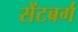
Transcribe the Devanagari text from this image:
सेंटबर्ग